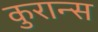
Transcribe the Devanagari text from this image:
कुरान्स